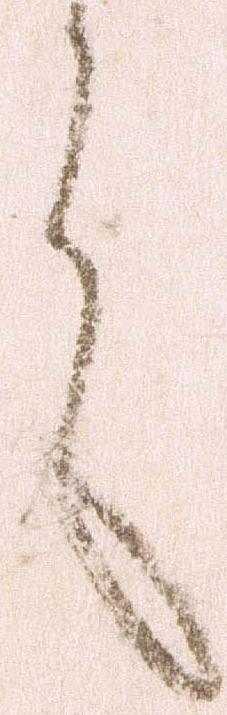
言